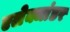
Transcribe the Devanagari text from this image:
एलेक्जांडर